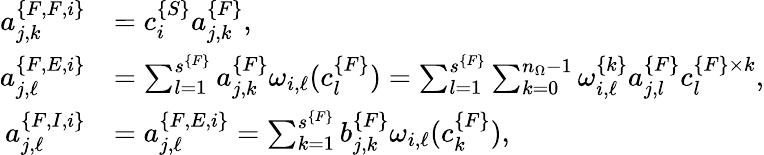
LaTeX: \begin{array}{rl}{a_{j,k}^{\{ F,F,i\} }}&{=c_{i}^{\{ S\} }a_{j,k}^{\{ F\} },}\\ {a_{j,\ell}^{\{ F,E,i\} }}&{=\sum_{l=1}^{s^{\{ F\} }}a_{j,k}^{\{ F\} }\omega_{i,\ell}(c_{l}^{\{ F\} })=\sum_{l=1}^{s^{\{ F\} }}\sum_{k=0}^{n_{\Omega}-1}\omega_{i,\ell}^{\{ k\} }a_{j,l}^{\{ F\} }c_{l}^{\{ F\} \times k},}\\ {a_{j,\ell}^{\{ F,I,i\} }}&{=a_{j,\ell}^{\{ F,E,i\} }=\sum_{k=1}^{s^{\{ F\} }}b_{j,k}^{\{ F\} }\omega_{i,\ell}(c_{k}^{\{ F\} }),}\end{array}